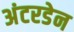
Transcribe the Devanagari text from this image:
अंटरडेन